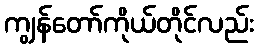
ကျွန်တော်ကိုယ်တိုင်လည်း